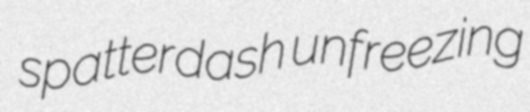
spatterdash unfreezing